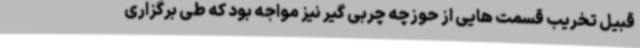
قبیل تخریب قسمت هایی از حوزچه چربی گیر نیز مواجه بود که طی برگزاری